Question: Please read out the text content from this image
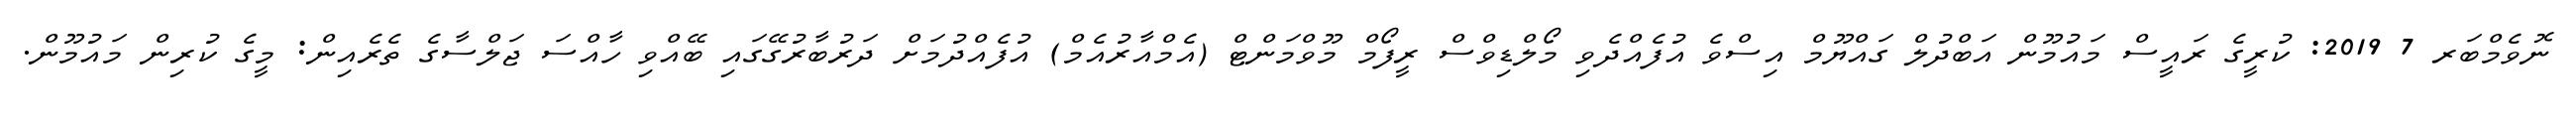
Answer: ނޮވެމްބަރ 7 2019: ކުރީގެ ރައީސް މައުމޫން އަބްދުލް ގައްޔޫމް އިސްވެ އުފެއްދެވި މޯލްޑިވްސް ރީފޯމް މޫވްމަންޓް (އެމްއާރުއެމް) އުފެއްދުމަށް ދަރުބާރުގޭގައި ބޭއްވި ހާއްސަ ޖަލްސާގެ ތެރެއިން: މީގެ ކުރިން މައުމޫން.